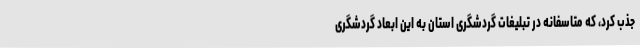
جذب کرد، که متاسفانه در تبلیغات گردشگری استان به این ابعاد گردشگری